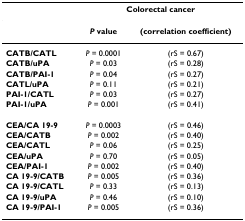
<table><thead><tr><td></td><td colspan="2"><b>Colorectal cancer</b></td></tr></thead><tbody><tr><td></td><td><b><i>P </i>value</b></td><td><b>(correlation coefficient)</b></td></tr><tr><td><b>CATB/CATL</b></td><td><i>P </i>= 0.0001</td><td>(rS = 0.67)</td></tr><tr><td><b>CATB/uPA</b></td><td><i>P </i>= 0.03</td><td>(rS = 0.28)</td></tr><tr><td><b>CATB/PAI-1</b></td><td><i>P </i>= 0.04</td><td>(rS = 0.27)</td></tr><tr><td><b>CATL/uPA</b></td><td><i>P </i>= 0.11</td><td>(rS = 0.21)</td></tr><tr><td><b>PAI-1/CATL</b></td><td><i>P </i>= 0.03</td><td>(rS = 0.27)</td></tr><tr><td><b>PAI-1/uPA</b></td><td><i>P </i>= 0.001</td><td>(rS = 0.41)</td></tr><tr><td><b>CEA/CA 19-9</b></td><td><i>P </i>= 0.0003</td><td>(rS = 0.46)</td></tr><tr><td><b>CEA/CATB</b></td><td><i>P </i>= 0.002</td><td>(rS = 0.40)</td></tr><tr><td><b>CEA/CATL</b></td><td><i>P </i>= 0.06</td><td>(rS = 0.25)</td></tr><tr><td><b>CEA/uPA</b></td><td><i>P </i>= 0.70</td><td>(rS = 0.05)</td></tr><tr><td><b>CEA/PAI-1</b></td><td><i>P </i>= 0.002</td><td>(rS = 0.40)</td></tr><tr><td><b>CA 19-9/CATB</b></td><td><i>P </i>= 0.005</td><td>(rS = 0.36)</td></tr><tr><td><b>CA 19-9/CATL</b></td><td><i>P </i>= 0.33</td><td>(rS = 0.13)</td></tr><tr><td><b>CA 19-9/uPA</b></td><td><i>P </i>= 0.46</td><td>(rS = 0.10)</td></tr><tr><td><b>CA 19-9/PAI-1</b></td><td><i>P </i>= 0.005</td><td>(rS = 0.36)</td></tr></tbody></table>